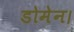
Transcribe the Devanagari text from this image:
डोमेन।